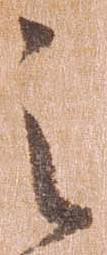
之